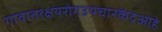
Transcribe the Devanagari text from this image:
गावात१क्षयरोगउपचारकेंद्रआहे